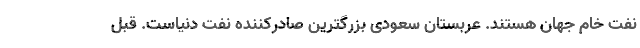
نفت خام جهان هستند. عربستان سعودی بزرگترین صادرکننده نفت دنیاست. قبل